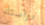
دراستك